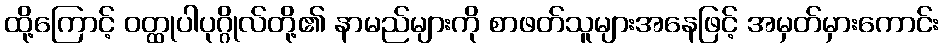
ထို့ကြောင့် ဝတ္ထုပါပုဂ္ဂိုလ်တို့၏ နာမည်များကို စာဖတ်သူများအနေဖြင့် အမှတ်မှားကောင်း